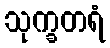
သုက္ခတရံ